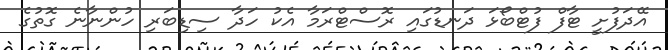
އޭދަފުށީ ޓާފް ފުޓްބޯޅަ ދަނޑުގައި ރޮސްޓްރަމާ އެކު ހަދާ ސިޑިބަރި ހުންނާނެ ގޮތުގެ